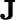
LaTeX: \boldsymbol{\mathrm J}